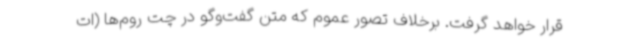
قرار خواهد گرفت. برخلاف تصور عموم که متن گفت‌وگو در چت روم‌ها (ات